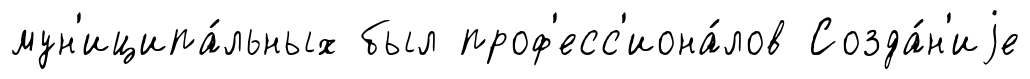
мун'иципа́льных был проф'есс'иона́лов Созда́н'иjе